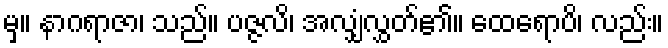
မှ။ နာဂရာဇာ၊ သည်။ ပဇ္ဇလိ၊ အလျှံလွှတ်၏။ ထေရောပိ၊ လည်း။